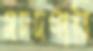
মদদগারি